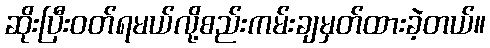
ဆိုးပြီးဝတ်ရမယ်လို့စည်းကမ်းချမှတ်ထားခဲ့တယ်။